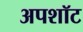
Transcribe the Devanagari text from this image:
अपशॉट